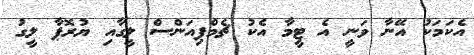
އެކަމަކު އޭނާ ވަނީ އެ ޓީމާ އެކު ޗެމްޕިއަންސް ލީގާއި ޔުރޮޕާ ލީގު